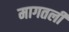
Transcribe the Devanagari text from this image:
मागतली